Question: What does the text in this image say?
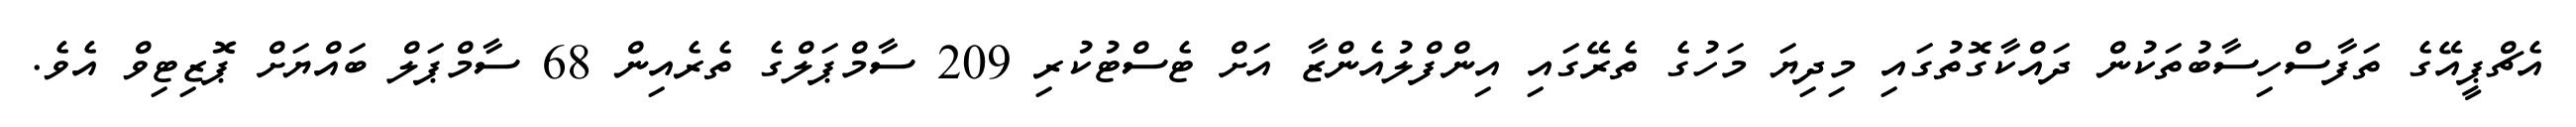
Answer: އެޗްޕީއޭގެ ތަފާސްހިސާބުތަކުން ދައްކާގޮތުގައި މިދިޔަ މަހުގެ ތެރޭގައި އިންފްލުއެންޒާ އަށް ޓެސްޓުކުރި 209 ސާމްޕަލްގެ ތެރެއިން 68 ސާމްޕަލް ބައްޔަށް ޕޮޒިޓިވް އެވެ.